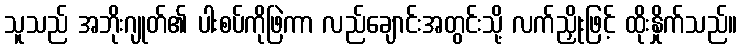
သူသည် အဘိုးဂျုတ်၏ ပါးစပ်ကိုဖြဲကာ လည်ချောင်းအတွင်းသို့ လက်ညှိုးဖြင့် ထိုးနှိုက်သည်။